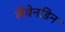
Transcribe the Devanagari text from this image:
लैवेनडिन